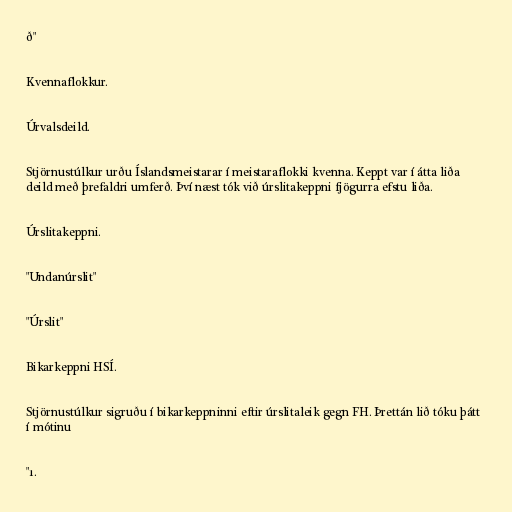
ð"

Kvennaflokkur.

Úrvalsdeild.

Stjörnustúlkur urðu Íslandsmeistarar í meistaraflokki kvenna. Keppt var í átta liða
deild með þrefaldri umferð. Því næst tók við úrslitakeppni fjögurra efstu liða.

Úrslitakeppni.

"Undanúrslit"

"Úrslit"

Bikarkeppni HSÍ.

Stjörnustúlkur sigruðu í bikarkeppninni eftir úrslitaleik gegn FH. Þrettán lið tóku þátt
í mótinu

"1.